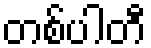
တစ်ပါတီ